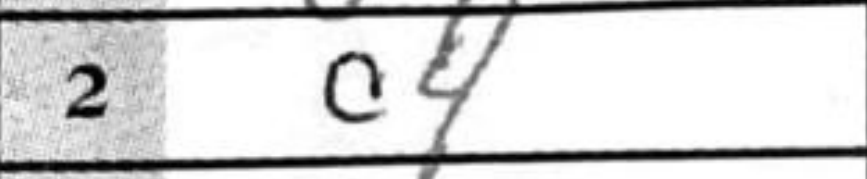
Transcription: c4